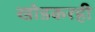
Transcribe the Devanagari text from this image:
खोडकरही